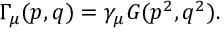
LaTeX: \Gamma _ { \mu } ( p , q ) = \gamma _ { \mu } G ( p ^ { 2 } , q ^ { 2 } ) .